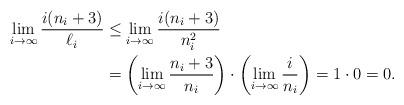
LaTeX: \begin{align*}\lim_{i \to \infty} \frac{i(n_i+3)}{\ell_i} &\le \lim_{i \to \infty} \frac{i(n_i+3)}{n_i^2 } \\&= \left( \lim_{i \to \infty} \frac{n_i+3}{n_i} \right) \cdot \left( \lim_{i \to \infty} \frac{i}{n_i} \right) = 1 \cdot 0 = 0. \end{align*}